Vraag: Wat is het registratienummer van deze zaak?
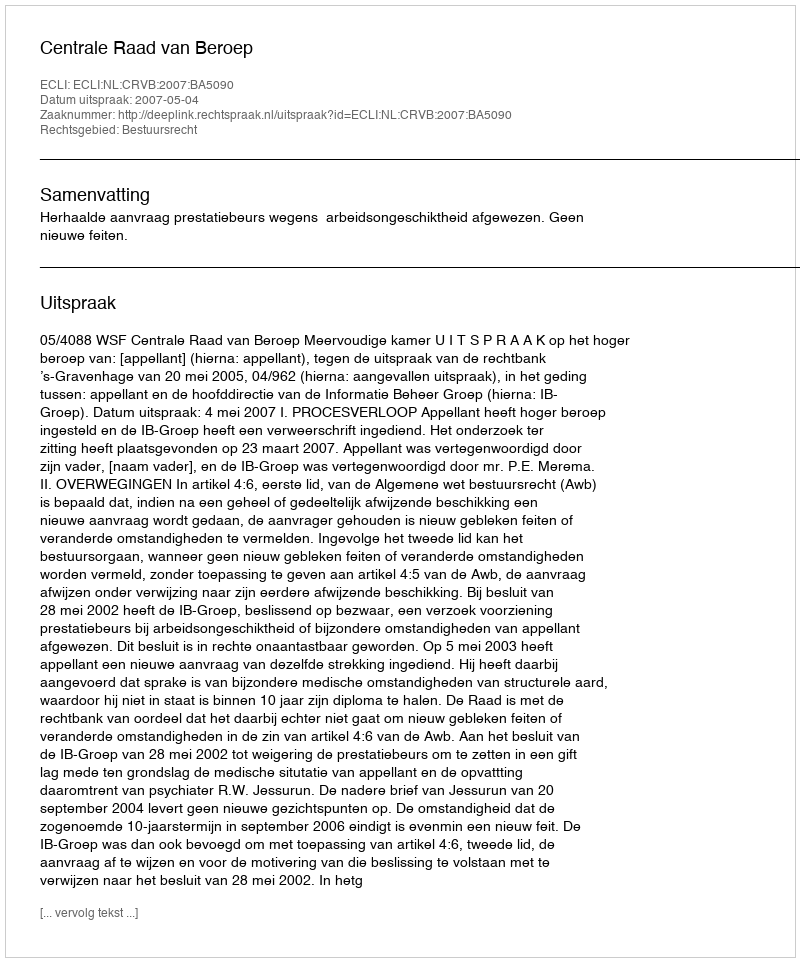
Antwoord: http://deeplink.rechtspraak.nl/uitspraak?id=ECLI:NL:CRVB:2007:BA5090